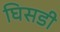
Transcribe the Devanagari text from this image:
घिसडी